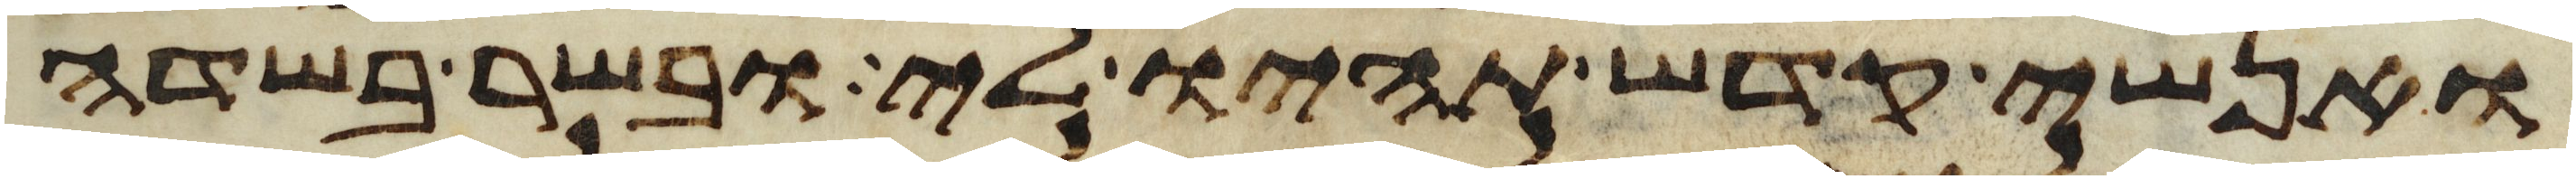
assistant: ואנשי קדש תהיו לי ובשר בשדה